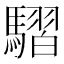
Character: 騽